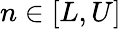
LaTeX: n\in[L,U]